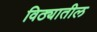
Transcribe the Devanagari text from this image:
विठ्यातील